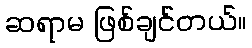
ဆရာမ ဖြစ်ချင်တယ်။